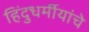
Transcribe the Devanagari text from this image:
हिंदुधर्मीयांचे